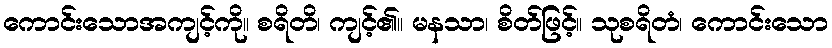
ကောင်းသောအကျင့်ကို။ စရိတိ၊ ကျင့်၏။ မနသာ၊ စိတ်ဖြင့်။ သုစရိတံ၊ ကောင်းသော